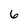
Character: 6